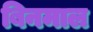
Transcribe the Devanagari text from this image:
बिनमाल